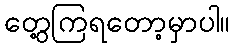
တွေ့ကြရတော့မှာပါ။